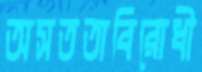
অসততাবিরোধী